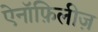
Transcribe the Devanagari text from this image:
ऐनॉफ़िलीज़